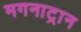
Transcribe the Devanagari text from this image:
मगनाट्रान